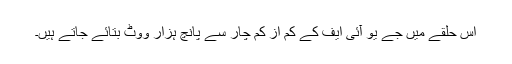
اس حلقے میں جے یو آئی ایف کے کم از کم چار سے پانچ ہزار ووٹ بتائے جاتے ہیں۔